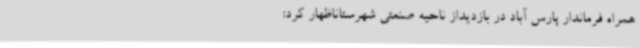
همراه فرماندار پارس آباد در بازدیداز ناحیه صنعتی شهرستاناظهار کرد: